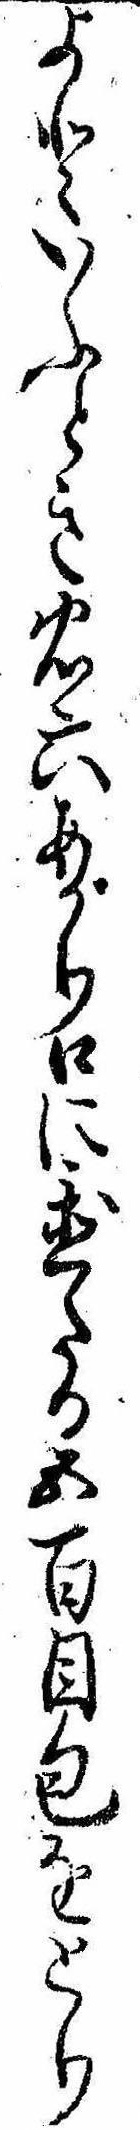
よといふとき忠六あがり口に置たる五百目包をとり